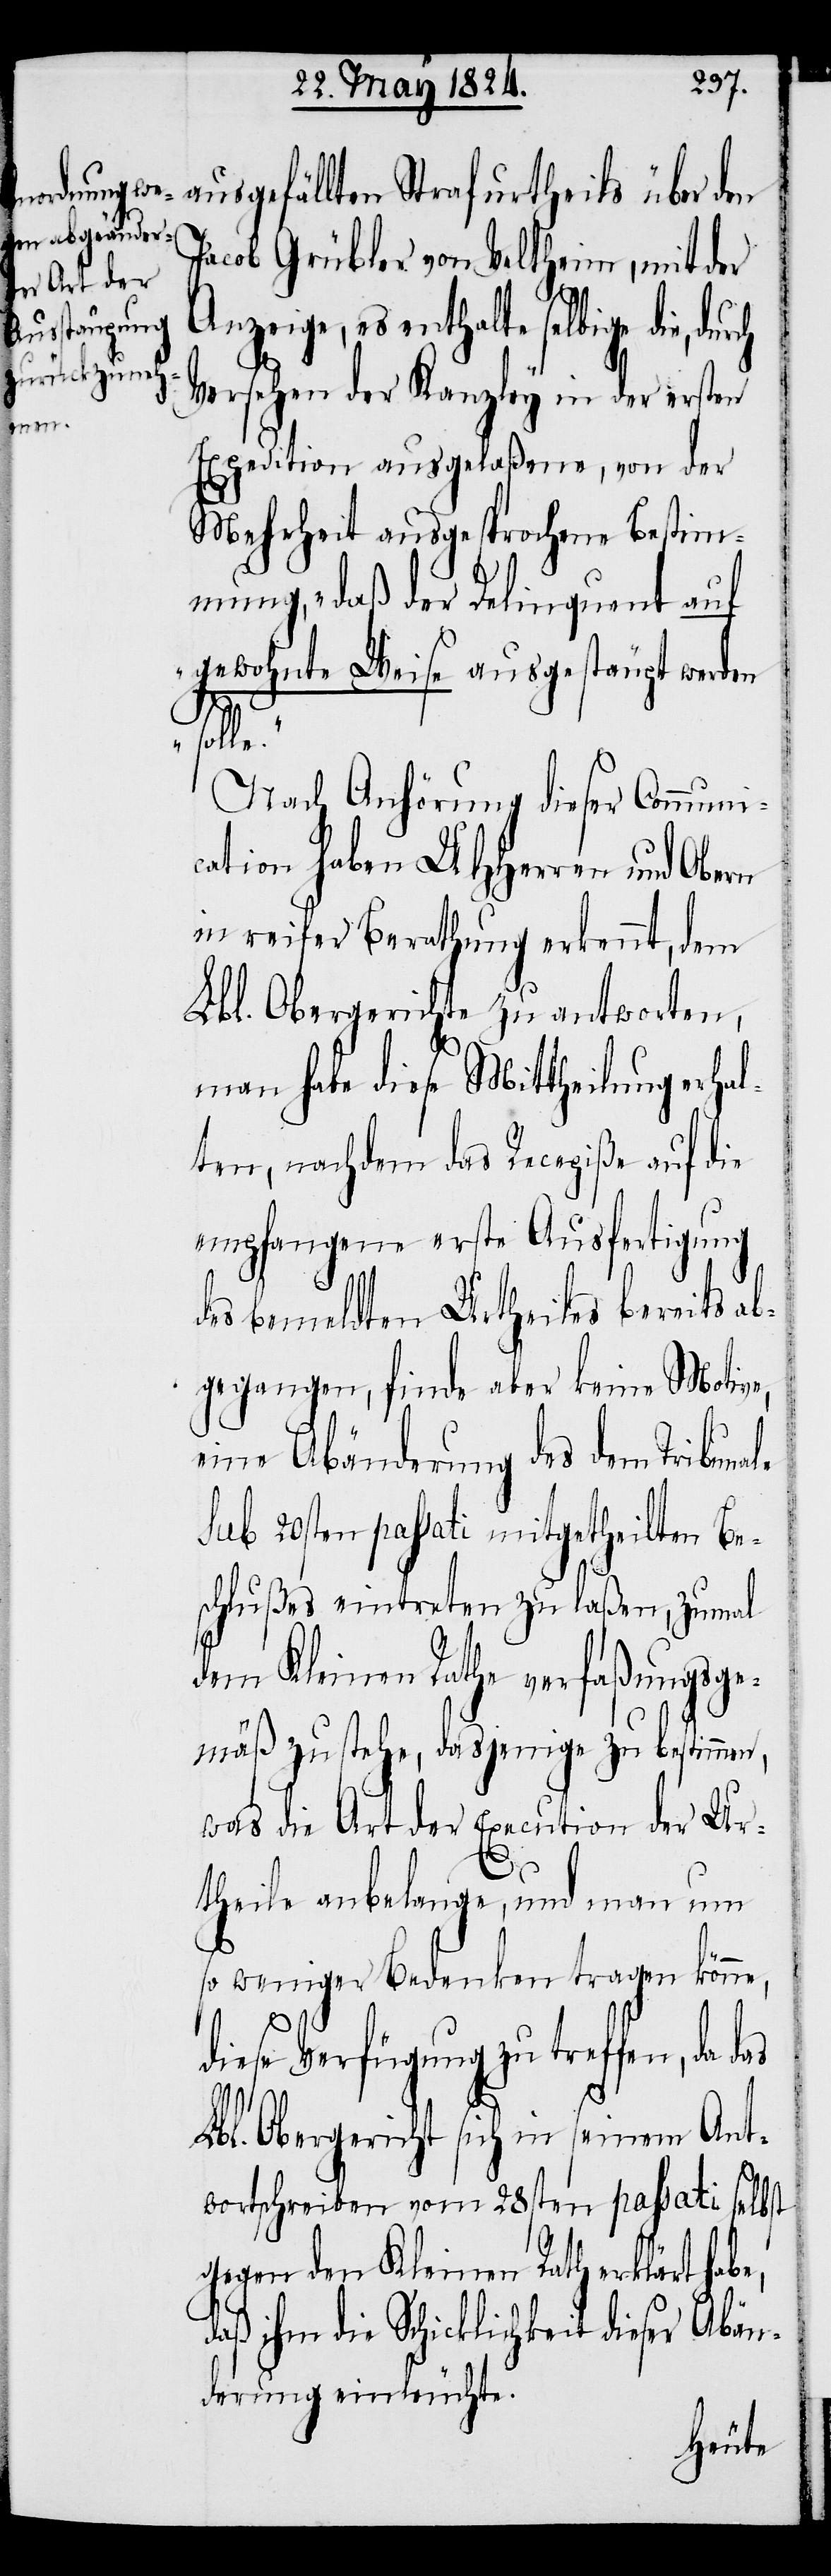
ausgefällten Strafurtheils über den
Jacob Grübler von Veltheim, mit der
Anzeige, es enthalte selbige die,
Versehen der Kanzley in der ersten
Expedition ausgelaßene, von der
Mehrheit ausgesprochene Bestim¬
mung, „daß der Delinquent auf
gewohnte Weise ausgestäupt werden
Nach Anhörung dieser Communi¬
cation haben UHHerren und Obern
in reifer Berathung erkennt, dem
Lbl. Obergerichte zu antworten,
man habe diese Mittheilung erhal¬
ten, nachdem das Recepiße auf die
empfangene erste Ausfertigung
des bemeldten Urtheils bereits ab¬
gegangen, finde aber keine Motive,
eine Abänderung des dem Tribuna¬
sub 20sten paßati mitgetheilten Be¬
schlußes eintreten zu laßen, zumal
dem Kleinen Rathe verfaßungsge¬
mäß zustehe, dasjenige zu bestimmen,
was die Art der Execution der Ur¬
theile anbelange, und man um
so weniger Bedenken tragen könne,
le
diese Verfügung zu treffen, da
Lbl. Obergericht sich in seinem Ant¬
wortschreiben vom 28sten passati selbst
gegen den Kleinen Rath erklärt habe,
daß ihm die Schicklichkeit dieser Abän¬
derung einleuchte.